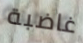
غاضبة